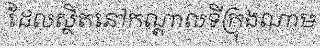
ដែលស្ថិតនៅកណ្តាលទីក្រុងណាម